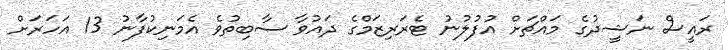
ރައީސް ނަޝީދުގެ މައްޗަށް އުފުލުނު ޓެރަރިޒަމްގެ ދައުވާ ސާބިތުވެ އެމަނިކުފާނު 13 އަހަރަށް